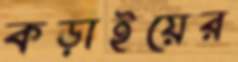
কড়াইয়ের